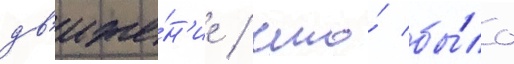
дв'иже́н'ие / что́ бы́ло